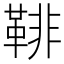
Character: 𩋂